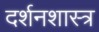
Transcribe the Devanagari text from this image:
दर्शनशास्‍त्र